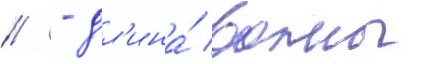
// - дл'ина́ волны